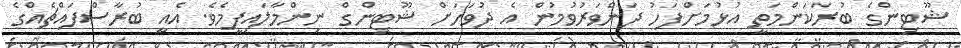
ޝޫޓިންގެ ބުރަކަންމަތީ އުޅުމަށްފަހު ދަންވަރުވުމުން އެ ދުވަހަށް ޝޫޓިންގް ނިންމާލައިފީމެވެ. އެއީ ބުރާސްފައްޗެއްގެ